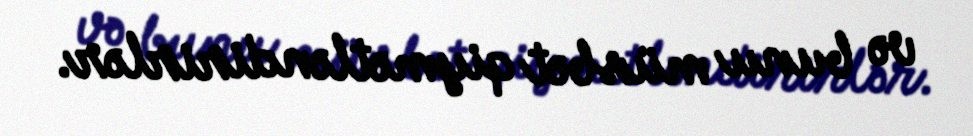
və bunu müsbət qiymətləndirirlər.